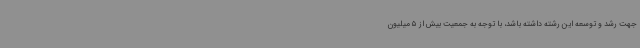
جهت رشد و توسعه این رشته داشته باشد، با توجه به جمعیت بیش از 5 میلیون